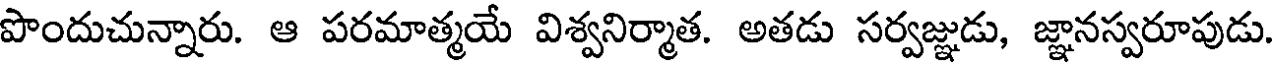
పొందుచున్నారు. ఆ పరమాత్మయే విశ్వనిర్మాత. అతడు సర్వజ్ఞుడు, జ్ఞానస్వరూపుడు